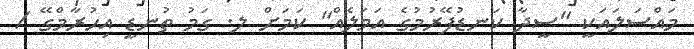
މައްސަލައަކީ "ސީދާ ކަނޑުފޭރުމުގެ އަމަލެއް" ކަމަށް ލ. ގަމު ތުނޑީ އިހުރާމްގޭ /